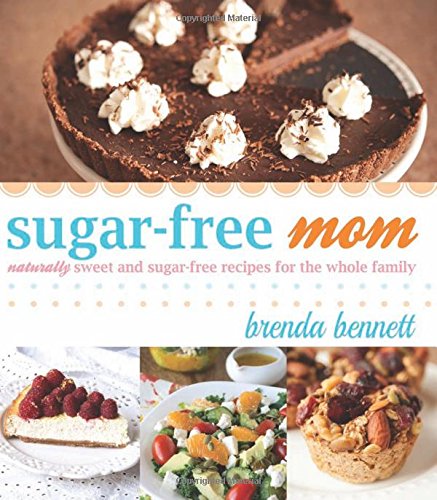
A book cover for Sugar-free Mom: Naturally Sweet and Sugar-free Recipes for the Whole Family; Brenda Bennett; Cookbooks, Food & Wine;